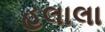
હલાલા